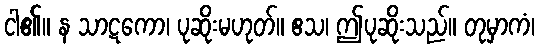
ငါ၏။ န သာဋကော၊ ပုဆိုးမဟုတ်။ ဧသ၊ ဤပုဆိုးသည်။ တုမှာကံ၊